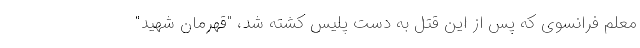
معلم فرانسوی که پس از این قتل به دست پلیس کشته شد، "قهرمان شهید"